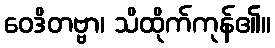
ဝေဒိတဗ္ဗာ၊ သိထိုက်ကုန်၏။